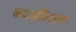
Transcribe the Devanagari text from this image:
कयाओलिंगक्यांग